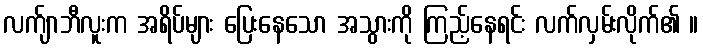
လက်ျာဘီလူးက အရိပ်များ ပြေးနေသော အသွားကို ကြည့်နေရင်း လက်လှမ်းလိုက်၏ ။